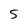
Character: S